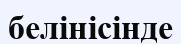
белінісінде